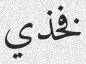
فخذي